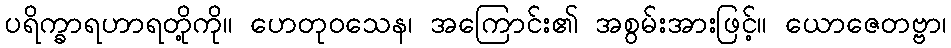
ပရိက္ခာရဟာရတို့ကို။ ဟေတုဝသေန၊ အကြောင်း၏ အစွမ်းအားဖြင့်။ ယောဇေတဗ္ဗာ၊